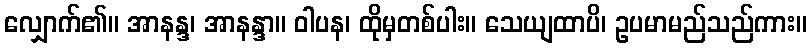
လျှောက်၏။ အာနန္ဒ၊ အာနန္ဒာ။ ဝါပန၊ ထိုမှတစ်ပါး။ သေယျထာပိ၊ ဥပမာမည်သည်ကား။